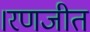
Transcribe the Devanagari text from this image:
।रणजीत